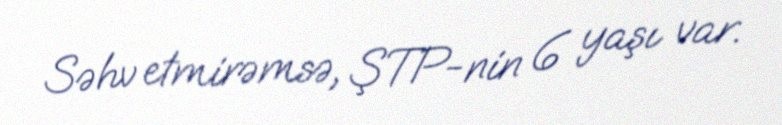
Səhv etmirəmsə, ŞTP-nin 6 yaşı var.